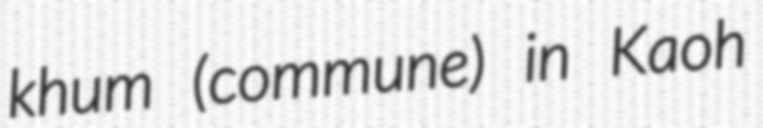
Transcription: khum (commune) in Kaoh